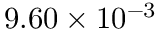
9 . 6 0 \times 1 0 ^ { - 3 }